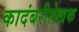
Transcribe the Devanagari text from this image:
कादंबरीलेखक